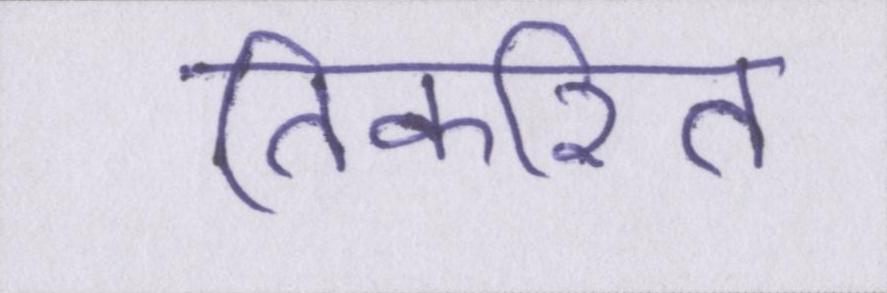
तिकरित